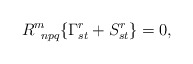
\begin{align*}R^m_{\;\;npq}\{\Gamma^r_{st} + S^r_{st}\} = 0,\end{align*}